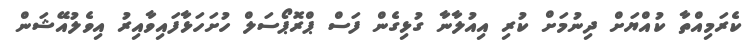
ކެރަމިއްތާ ކުއްޔަށް ދިނުމަށް ކުރި އިއުލާނާ ގުޅިގެން ފަސް ޕްރޮޕޯސަލް ހުށަހަޅާފައިވާއިރު އިވެލުއޭޝަން